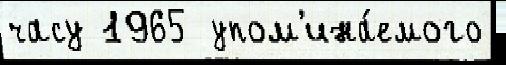
часу 1965  упом'ина́емого